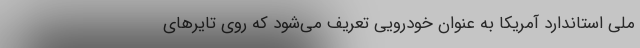
ملی استاندارد آمریکا به عنوان خودرویی تعریف می‌شود که روی تایرهای